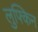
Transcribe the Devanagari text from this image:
लुफ्किन